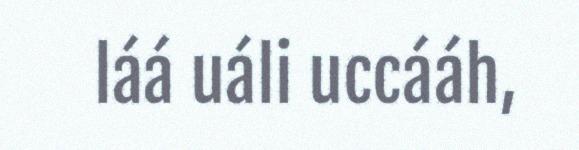
láá uáli uccááh,